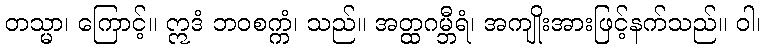
တသ္မာ၊ ကြောင့်။ ဣဒံ ဘဝစက္ကံ၊ သည်။ အတ္ထဂမ္ဘီရံ၊ အကျိုးအားဖြင့်နက်သည်။ ဝါ၊